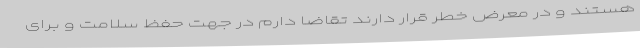
هستند و در معرض خطر قرار دارند تقاضا دارم در جهت حفظ سلامت و برای